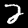
Digit: 2